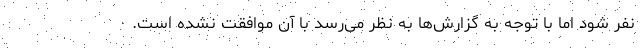
نفر شود اما با توجه به گزارش‌ها به نظر می‌رسد با آن موافقت نشده است.